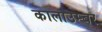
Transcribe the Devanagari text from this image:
कालाउम्बर